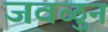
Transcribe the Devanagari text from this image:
जवळुन